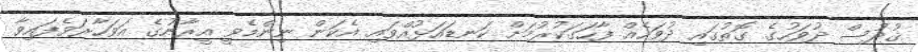
ޤުދުސް ދުވަހުގެ ގޮތުގައި ދުވަހެއް ފާހަގަކުރުމަށް ކަނޑައަޅުއްވައި އެކަން ނިންމެވީ އީރާނުގެ އަވަހާރަވެފައިވާ